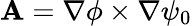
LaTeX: \mathbf{A}=\nabla\phi\times\nabla\psi_{0}